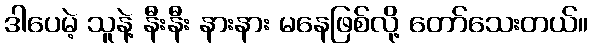
ဒါပေမဲ့ သူနဲ့ နီးနီး နားနား မနေဖြစ်လို့ တော်သေးတယ်။